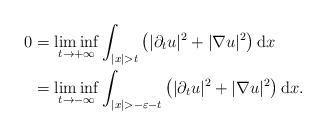
LaTeX: \begin{align*} 0 &= \liminf_{t \to + \infty} \int_{|x|> t} \left( |\partial_t u|^2 + |\nabla u|^2 \right) \mathrm{d}x \\&= \liminf_{t \to - \infty} \int_{|x|>-\varepsilon -t} \left( |\partial_t u|^2 + |\nabla u|^2 \right) \mathrm{d}x.\end{align*}